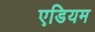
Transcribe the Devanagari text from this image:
एडियम